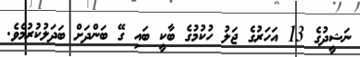
ނަޝީދުގެ 13 އަހަރުގެ ޖަލު ހުކުމުގެ ބާކީ ބައި ގޭ ބަންދަށް ބަދަލުކުރުމެވެ.